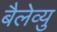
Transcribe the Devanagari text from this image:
बैलेव्यु